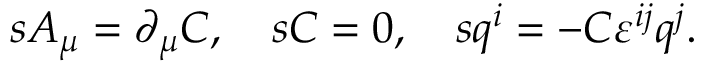
s A _ { \mu } = \partial _ { \mu } C , \quad s C = 0 , \quad s q ^ { i } = - C \varepsilon ^ { i j } q ^ { j } .